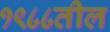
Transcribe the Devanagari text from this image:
१९८८तील